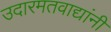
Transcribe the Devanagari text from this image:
उदारमतवाद्यांनी